Maali_päevik, lk 70
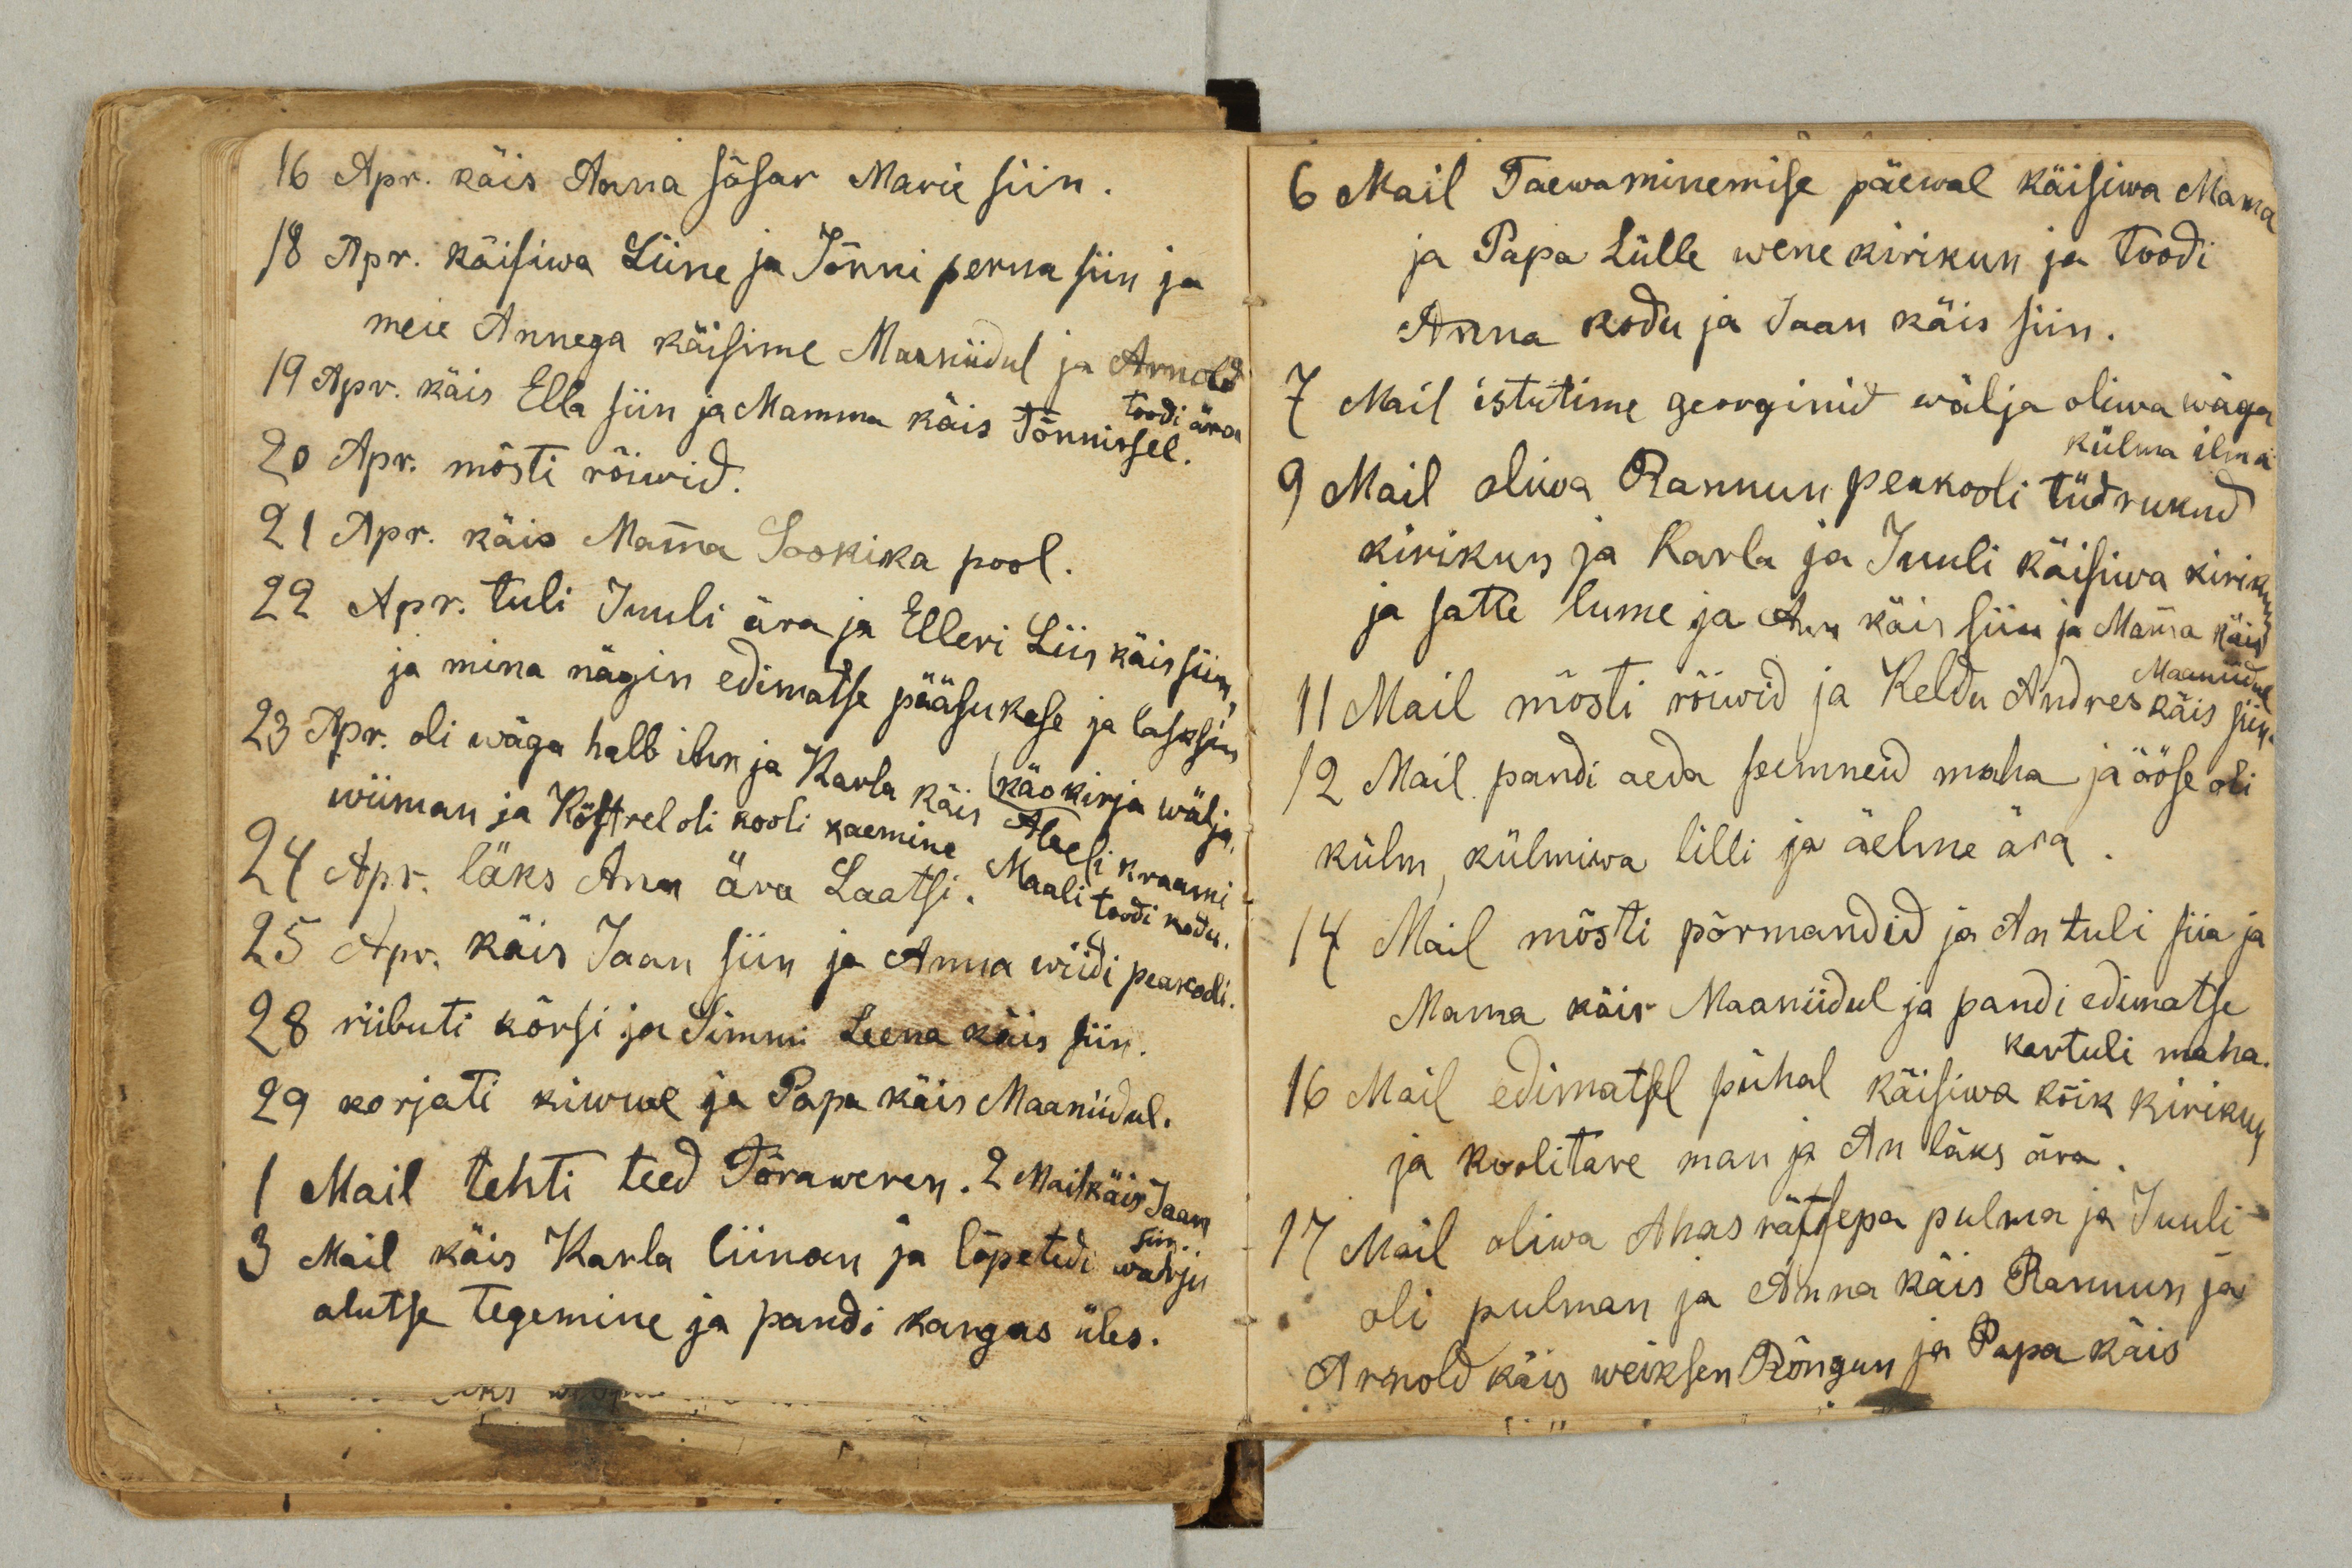
16 Apr. käis Anna sõsar Marie siin.
18 Apr. käisiwa Liine ja Jõnni perna siin ja
meie Annega käisime Maaniidul ja Arnold
toodi ära
19 Apr. käis Ella siin ja Mamma käis Tõnnissel.
20 Apr. mõsti rõiwid.
21 Apr. käis Mamma Soonika pool.
22 Apr. tuli Juuli ära ja Elleri Liis käis siin,
ja mina nägin edimatse pääsukese ja lasksin
käokirja wälja.
23 Apr. oli wäga halb ilm ja Karla käis Abeli kraami
wiiman ja Köstrel oli kooli kaemine Maali toodi kodu.
24 Apr. läks Ana ära Laatsi.
25 Apr. käis Jaan siin ja Anna wiidi peakooli.
28 riibuti kõrsi ja Simmi Leena käis siin.
29 korjati kiwwe ja Papa käis Maaniidul.
1 Mail tehti teed Tõraweren. 2 Mail käis Jaan
siin.
3 Mail käis Karla liinan ja lõpetedi warju
alutse tegemine ja pandi kangas üles.

6 Mail Taewaminemise päewal käisiwa Mama
ja Papa Lülle wene kirikun ja toodi
Anna kodu ja Jaan käis siin.
7 Mail istutime georginid wälja oliwa wäga
külma ilma
9 Mail oliwa Rannun peakooli tüdrukud
kirikun ja Karla ja Juuli käisiwa kirik
ja satte lume ja An käis siin ja Mamma käis
Maaniidul
11 Mail mõsti rõiwid ja Keldu Andres käis siin.
12 Mail pandi aeda seemneid maha ja ööse oli
külm, külmiwa lilli ja äelme ära.
14 Mail mõsti põrmandid ja An tuli siia ja
Mama käis Maaniidul ja pandi edimatse
kartuli maha.
16 Mail edimatsel pühal käisiwa kõik kirikun
ja koolitare man ja An läks ära.
17 Mail oliwa Ahas rätsepa pulma ja Juuli
oli pulman ja Anna käis Rannun ja
Arnold käis weiksen Rõngun ja Papa käis